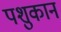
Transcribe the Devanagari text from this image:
पशुकान